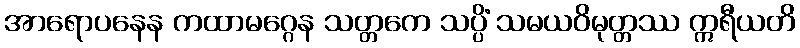
အာရောပနေန ကထာမဂ္ဂေန သတ္တကေ သပ္ပိံ သမယဝိမုတ္တဿ ဣရီယတိ